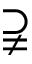
\supsetneqq